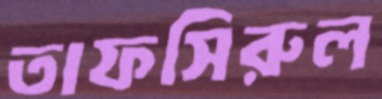
তাফসিরুল